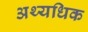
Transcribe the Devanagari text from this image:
अथ्यधिक